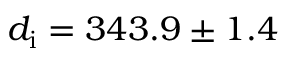
d _ { \mathrm { i } } = 3 4 3 . 9 \pm 1 . 4